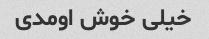
خیلی خوش اومدی